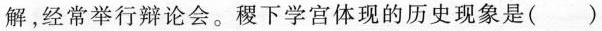
解，经常举行辩论会。稷下学宫体现的历史现象是()